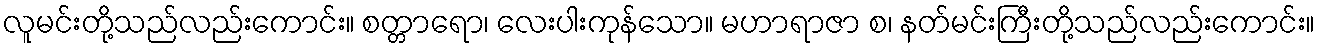
လူမင်းတို့သည်လည်းကောင်း။ စတ္တာရော၊ လေးပါးကုန်သော။ မဟာရာဇာ စ၊ နတ်မင်းကြီးတို့သည်လည်းကောင်း။